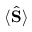
\langle \hat { \bf S } \rangle